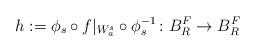
LaTeX: \begin{align*}h:=\phi_s\circ f|_{W^s_a}\circ\phi_s^{-1}\colon B^F_R\to B^F_R\end{align*}